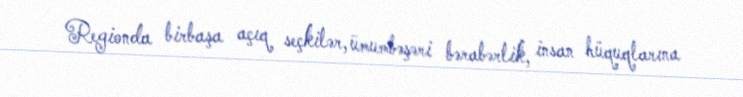
Regionda birbaşa açıq seçkilər, ümumbəşəri bərabərlik, insan hüquqlarına